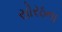
સોરઠના